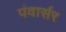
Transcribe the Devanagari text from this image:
पंवार्सर